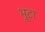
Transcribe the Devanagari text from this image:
भूटा